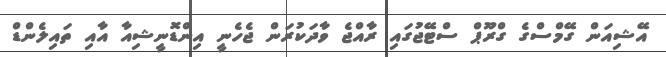
އޭޝިއަން ގޭމްސްގެ ގްރޫޕް ސްޓޭޖުގައި ރާއްޖެ ވާދަކުރަން ޖެހެނީ އިންޑޮނީޝިއާ އާއި ތައިލެންޑް